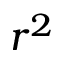
r ^ { 2 }